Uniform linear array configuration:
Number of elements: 16
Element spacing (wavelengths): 0.25
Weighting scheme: exponential
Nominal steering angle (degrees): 15
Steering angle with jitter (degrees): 14.191
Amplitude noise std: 0.05
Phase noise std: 0.05

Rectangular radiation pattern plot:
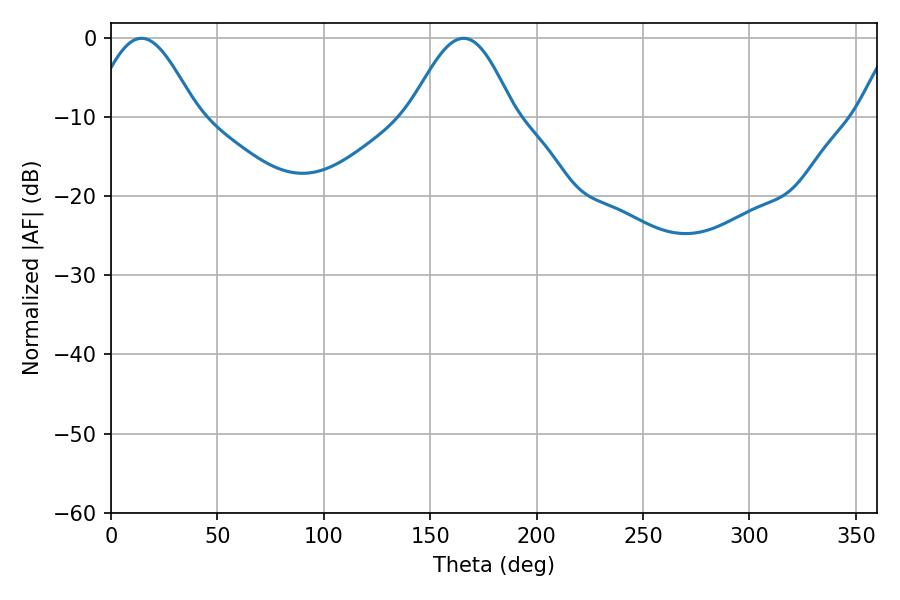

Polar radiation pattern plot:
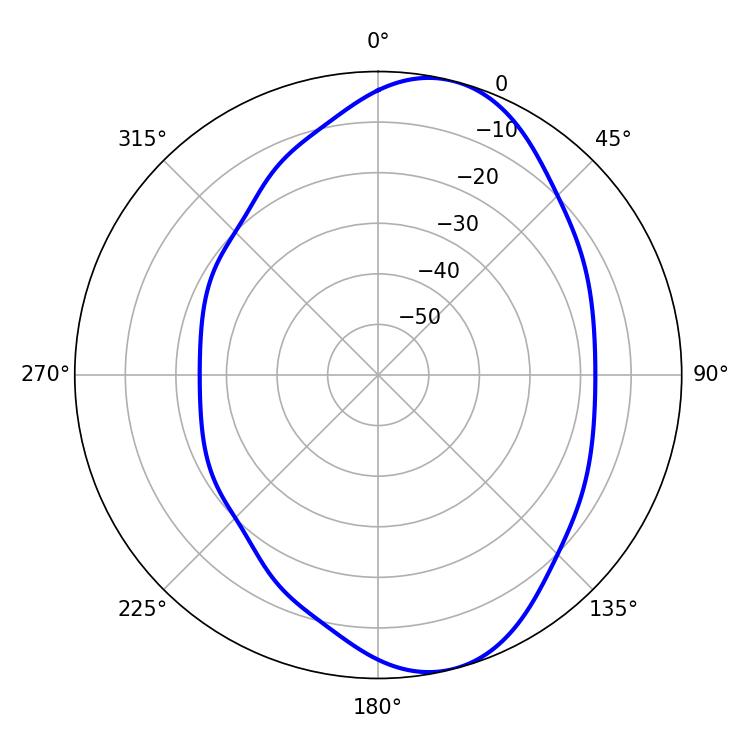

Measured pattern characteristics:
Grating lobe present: FALSE
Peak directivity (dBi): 8.384
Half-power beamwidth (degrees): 26.1
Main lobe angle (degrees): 14.4